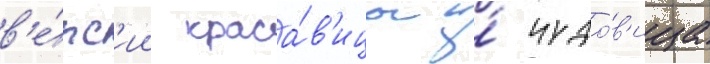
в'е́рс'ии краса́в'ицы и́ чудо́в'ища